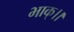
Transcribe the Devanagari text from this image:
भाक्।।